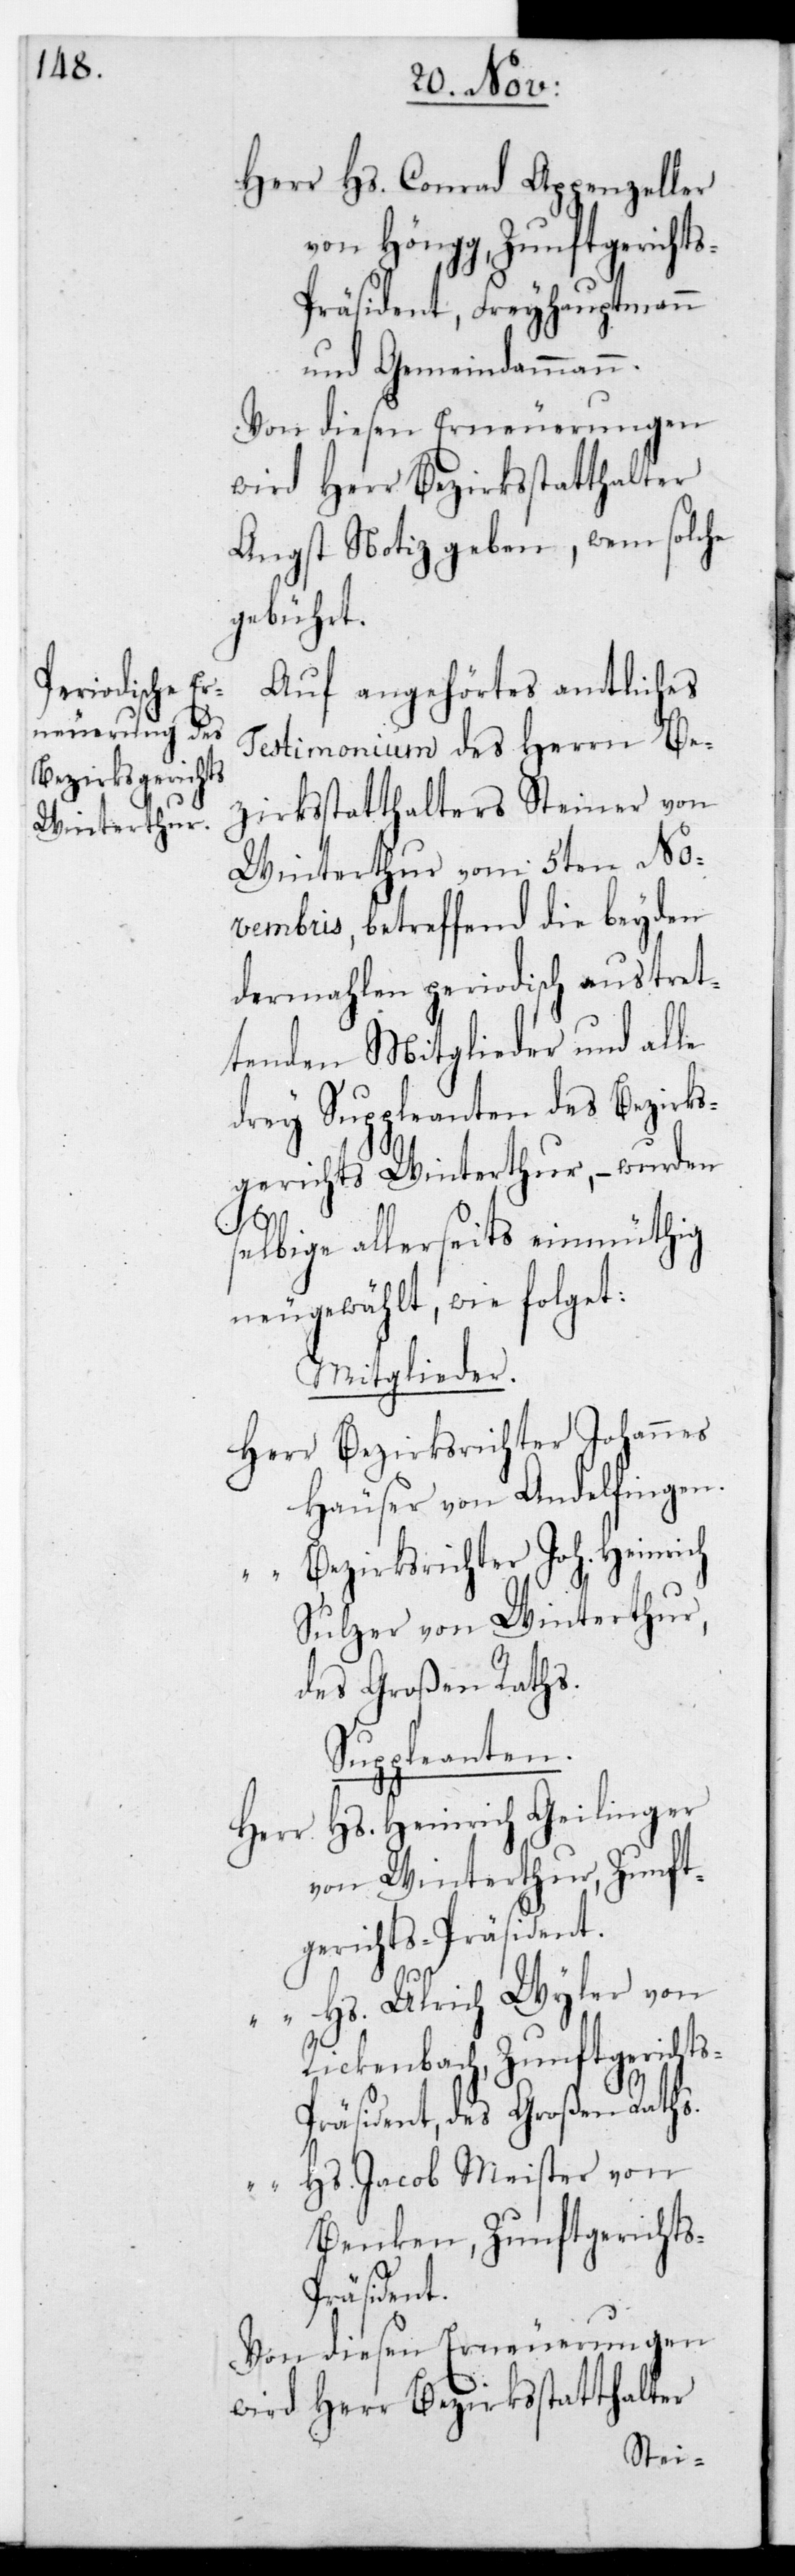
Herr Hs. Conrad Appenzeller
von Höngg, Zunftgericht¬
s-Präsident, Freyhauptmann
und Gemeindammann.
Von diesen Erneuerungen
wird Herr Bezirksstatthalter
Angst Notiz geben, wem solche
gebührt.
Auf angehörtes amtliches
Testimonium des Herrn Be¬
zirksstatthalters Steiner von
Winterthur vom 5ten No¬
vembris, betreffend die beyden
dermahlen periodisch austret¬
tenden Mitglieder und alle
drey Suppleanten des Bezirks¬
gerichts Winterthur, – wurden
selbige allerseits einmüthig
neugewählt, wie folget:
Mitglieder.
Herr Bezirksrichter Johannes
Häuser von Andelfingen.
“ Bezirksrichter Joh. Heinrich
Sulzer von Winterthur,
des Großen Raths.
Suppleanten.
Hs. Heinrich Geilinger
Herr
von Winterthur, Zunft¬
gerichts-Präsident
“ Hs. Ulrich Wyler von
Rickenbach, Zunftgericht¬
s-Präsident, des Großen Raths.
“ Hs. Jacob Meister von
Benken, Zunftgericht¬
s-Präsident.
Von diesen Erneuerungen
wird Herr Bezirksstatthalter